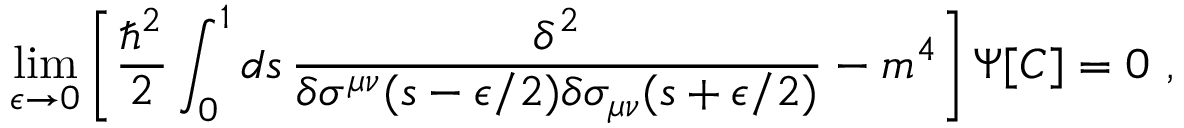
\operatorname * { l i m } _ { \epsilon \rightarrow 0 } \left[ { \frac { \hbar ^ { 2 } } { 2 } } \int _ { 0 } ^ { 1 } d s \, { \frac { \delta ^ { 2 } } { \delta \sigma ^ { \mu \nu } ( s - \epsilon / 2 ) \delta \sigma _ { \mu \nu } ( s + \epsilon / 2 ) } } - m ^ { 4 } \right] \Psi [ C ] = 0 \ ,